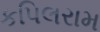
કપિલરામ